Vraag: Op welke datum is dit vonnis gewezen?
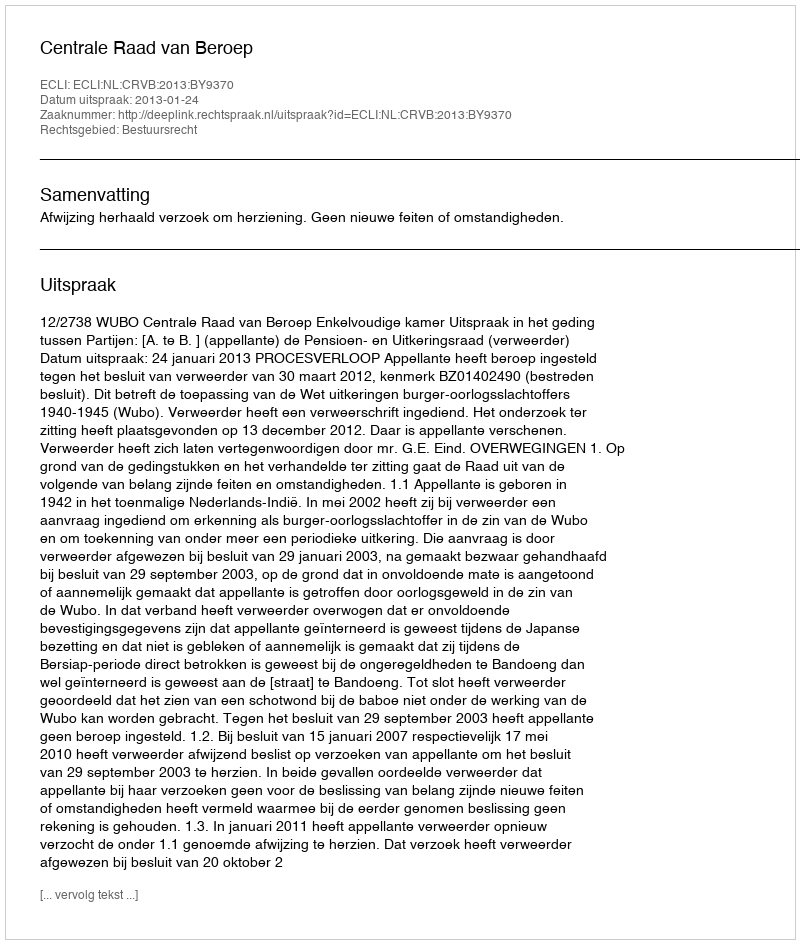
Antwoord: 2013-01-24